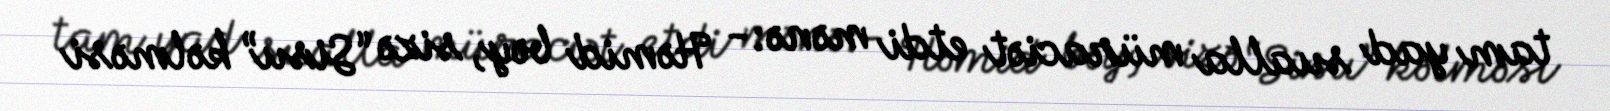
tam yad sualla müraciət etdi mənə:- Həmid bəy, sizə “Sisu” kəlməsi